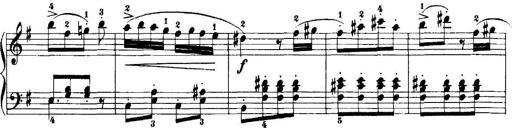
Title: 7 Sonatinas
Composer: Anton Diabelli